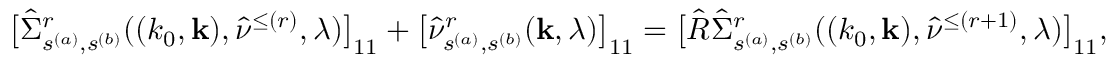
\big [ \hat { \Sigma } _ { s ^ { ( a ) } , s ^ { ( b ) } } ^ { r } ( ( k _ { 0 } , { \bf k } ) , \hat { \nu } ^ { \le ( r ) } , \lambda ) \big ] _ { 1 1 } + \big [ \hat { \nu } _ { s ^ { ( a ) } , s ^ { ( b ) } } ^ { r } ( { \bf k } , \lambda ) \big ] _ { 1 1 } = \big [ \hat { R } \hat { \Sigma } _ { s ^ { ( a ) } , s ^ { ( b ) } } ^ { r } ( ( k _ { 0 } , { \bf k } ) , \hat { \nu } ^ { \le ( r + 1 ) } , \lambda ) \big ] _ { 1 1 } ,